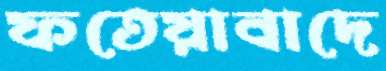
ফতেয়াবাদে